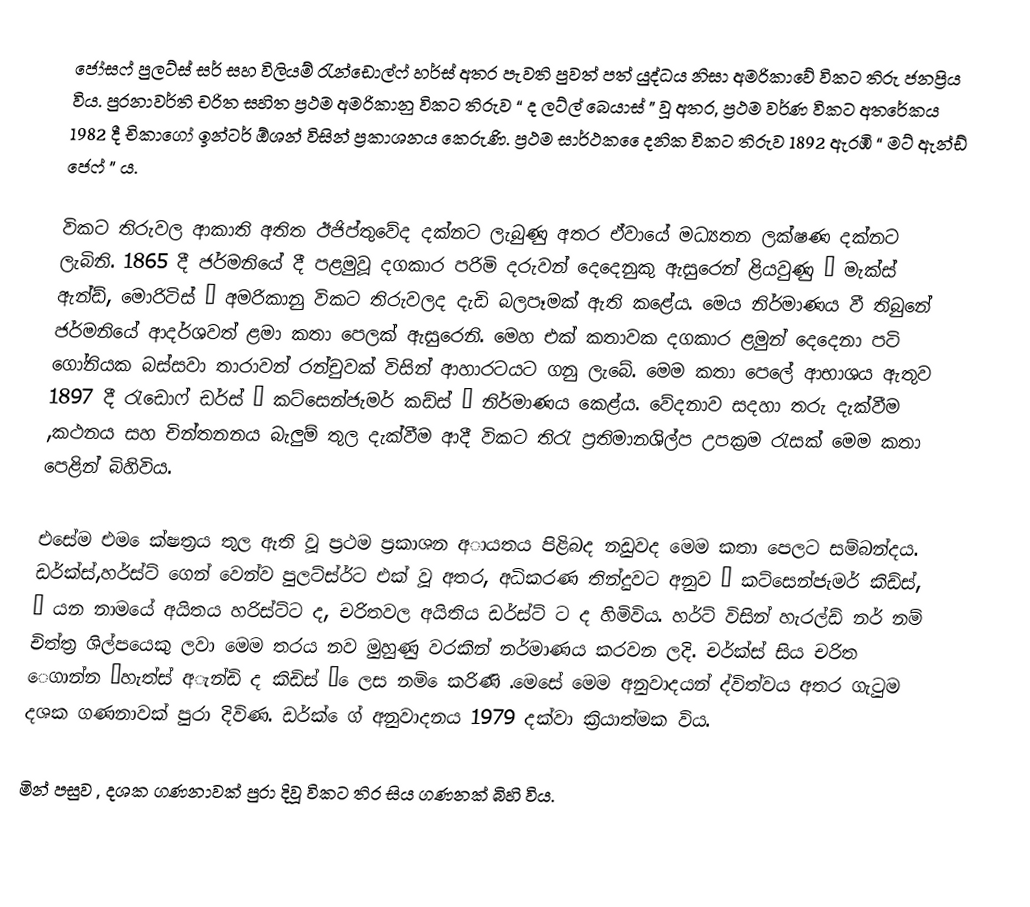
ජෝසෆ් පුලට්ස් සර් සහ විලියම් රැන්ඩොල්ෆ් හර්ස් අතර පැවති පුවත් පත් යුද්ධය නිසා  අමරිකාවේ විකට තිරු ජනප්‍රිය  විය. පුරනාවර්ති චරිත සහිත ප්‍රථම අමරිකානු විකට තිරුව “ ද ලට්ල් බෙයාස් ” වූ අතර, ප්‍රථම වර්ණ විකට අතරේකය 1982 දී චිකාගෝ ඉන්ටර් ඕශන් විසින් ප්‍රකාශනය කෙරුණි. ප්‍රථම සාර්ථක ෙෙදනික විකට තිරුව 1892  ඇරඹි “ මට් ඇන්ඩ් ජෙෆ් ” ය.

විකට තිරුවල ආකාති අතිත ඊජිප්තුවේද දක්නට ලැබුණු අතර  ඒවායේ මධ්‍යතන ලක්ෂණ දක්නට ලැබිනි. 1865 දී ජර්මනියේ දී පළමුවූ දගකාර පරිමි දරුවන් දෙදෙනුකු ඇසුරෙන් ළියවුණු “ මැක්ස් ඇන්ඩ්, මොරිටිස් ” අමරිකානු විකට තිරුවලද දැඩි බලපෑමක් ඇති කළේය. මෙය නිර්මාණය වී තිබුනේ ජර්මනියේ ආදර්ශවත් ළමා කතා පෙලක් ඇසුරෙනි. මෙහ එක් කතාවක දගකාර ළමුන් දෙදෙනා පටි ගෝනියක බස්සවා තාරාවන් රන්චුවක් විසින් ආහාරටයට ගනු ලැබේ.  මෙම කතා පෙලේ ආභාශය ඇතුව 1897 දී රැඩොෆ් ඩර්ස් “ කට්සෙන්ජැමර් කඩ්ස් ” නිර්මාණය කෙළ්ය. වේදනාව සදහා තරු දැක්වීම ,කථනය සහ චින්තනනය බැලුම් තුල දැක්වීම ආදී විකට තිරැ ප්‍රතිමානශිල්ප උපක්‍රම රැසක් මෙම කතා පෙළින් බිහිවිය.

එසේම එම ෙක්ෂත්‍රය තුල ඇති වූ ප්‍රථම ප්‍රකාශන අායතය පිළිබද නඩුවද මෙම කතා පෙලට සම්බන්දය. ඩර්ක්ස්,හර්ස්ට් ගෙන් වෙන්ව පුලට්ස්ර්ට එක් වූ අතර, අධිකරණ තින්දුවට අනුව “ කට්සෙන්ජැමර් කිඩ්ස්, ” යන නාමයේ අයිතය හරිස්ට්ට ද, චරිතවල අයිතිය ඩර්ස්ට් ට ද හිමිවිය. හර්ට් විසින් හැරල්ඩ් නර් නම් චිත්ත්‍ර ශිල්පයෙකු ලවා මෙම තරය නව මුහුණු වරකින් නර්මාණය කරවන ලදි. චර්ක්ස් සිය චරිත ෙගාන්න ‘හැත්ස් අැන්ඩි ද කිඩිස් “ ෙලස නමි ෙකරිණි .මෙසේ මෙම අනුවාදයන් ද්විත්වය අතර ගැටුම දශක ගණනාවක් පුරා දිවිණ. ඩර්ක් ෙග් අනුවාදනය 1979 දක්වා ක්‍රියාත්මක විය.

මින් පසුව , දශක ගණනාවක් පුරා දිවූ විකට තිර සිය ගණනක් බිහි විය.